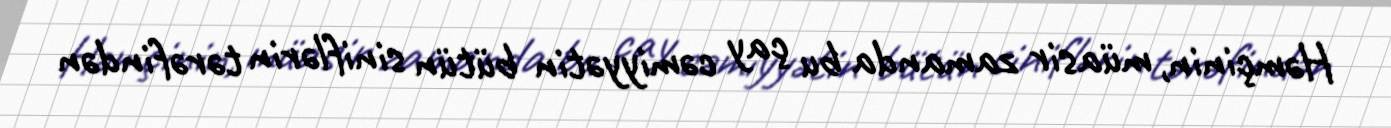
Həmçinin, müasir zamanda bu çay cəmiyyətin bütün siniflərin tərəfindən